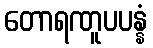
တောရဏူပပန္နံ